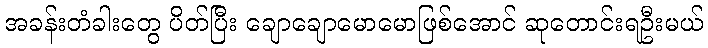
အခန်းတံခါးတွေ ပိတ်ပြီး ချောချောမောမောဖြစ်အောင် ဆုတောင်းရဦးမယ်